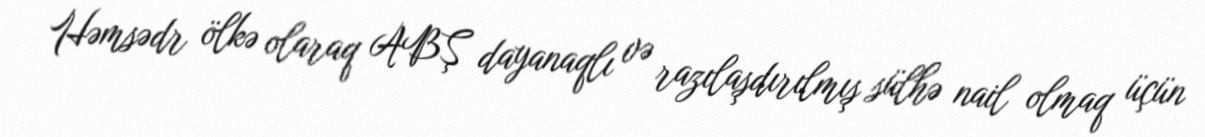
Həmsədr ölkə olaraq ABŞ dayanaqlı və razılaşdırılmış sülhə nail olmaq üçün